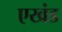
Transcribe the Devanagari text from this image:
एखंड